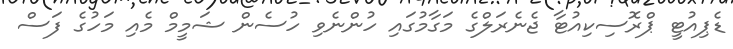
ޑެޕިއުޓީ ޕްރޮސިކިއުޓާ ޖެނެރަލްގެ މަގާމުގައި ހުންނެވި ހުސެން ޝަމީމް މެއި މަހުގެ ފަސް